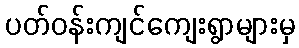
ပတ်ဝန်းကျင်ကျေးရွာများမှ